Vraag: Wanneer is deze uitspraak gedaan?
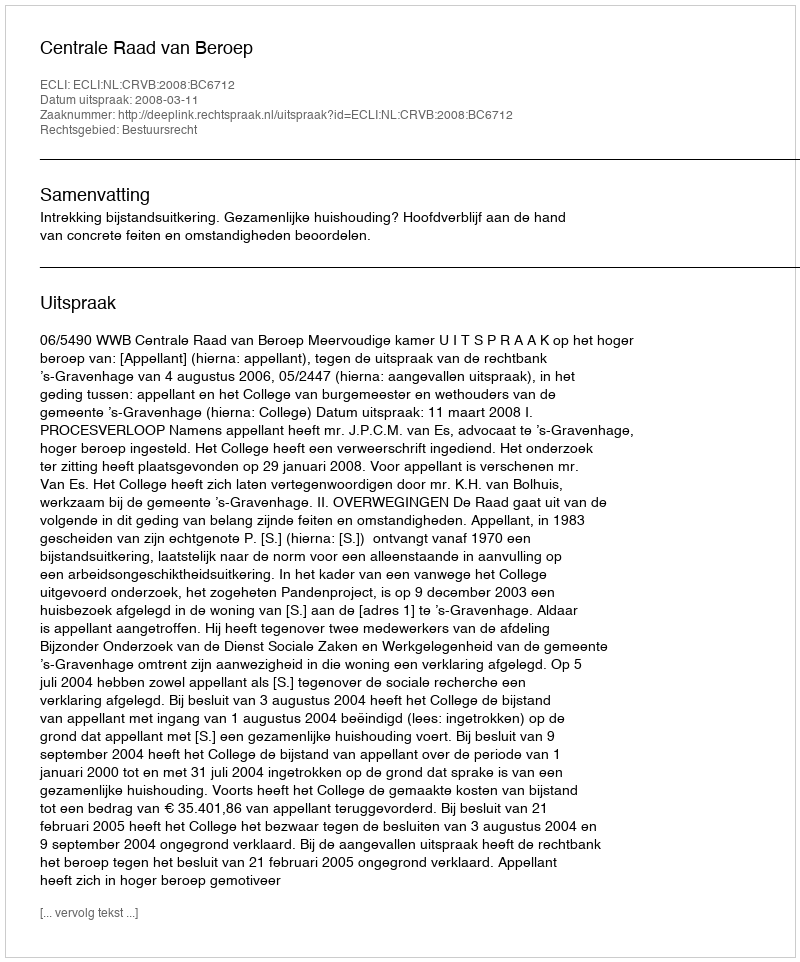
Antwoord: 2008-03-11